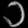
Digit: ၁